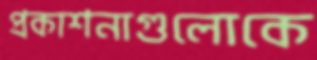
প্রকাশনাগুলোকে